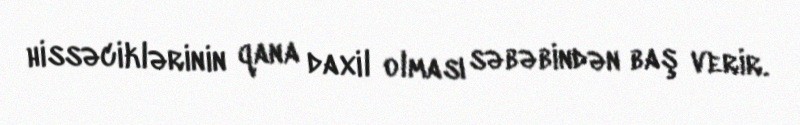
hissəciklərinin qana daxil olması səbəbindən baş verir.